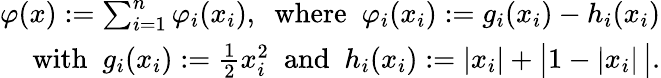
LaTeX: \begin{array}{r}{\varphi(x):=\sum_{i=1}^{n}\varphi_{i}(x_{i}),\; \mathrm{~where~}\; \varphi_{i}(x_{i}):=g_{i}(x_{i})-h_{i}(x_{i})}\\ {\mathrm{~with~}\; g_{i}(x_{i}):=\frac{1}{2}x_{i}^{2}\; \mathrm{~and~}\; h_{i}(x_{i}):=|x_{i}|+\big|1-|x_{i}|\, \big|.}\end{array}